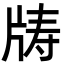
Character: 𪺣